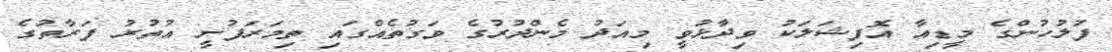
ފުލުހުންގެ މީޑިއާ އޮފިޝަލަކު ވިދާޅުވީ މިއަދު މެންދުރުގެ ވަގުތެއްގައި ތިމަރަފުށީ އުތުރު ފަރާތުގެ